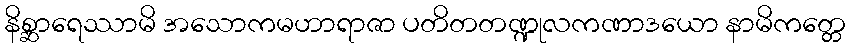
နိစ္ဆာရေဿာမိ အသောကမဟာရာဇာ ပတိတတဏ္ဍုလကဏာဒယော နာမိကတ္တေ